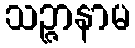
သဉ္ဇာနာမ